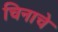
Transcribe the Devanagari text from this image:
चिनाचे